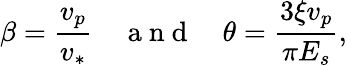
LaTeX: \beta=\frac{v_{p}}{v_{*}}\quad\mathrm{~a~n~d~}\quad\theta=\frac{3\xi v_{p}}{\pi E_{s}},